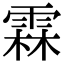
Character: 霖